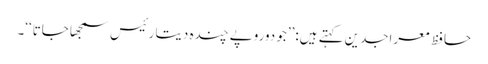
حافظ معراجدین کہتے ہیں:’’جو دوروپے چندہ دیتا رئیس سمجھا جاتا‘‘۔